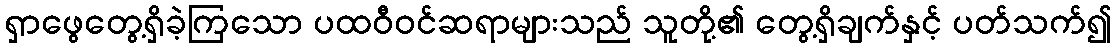
ရှာဖွေတွေ့ရှိခဲ့ကြသော ပထဝီဝင်ဆရာများသည် သူတို့၏ တွေ့ရှိချက်နှင့် ပတ်သက်၍